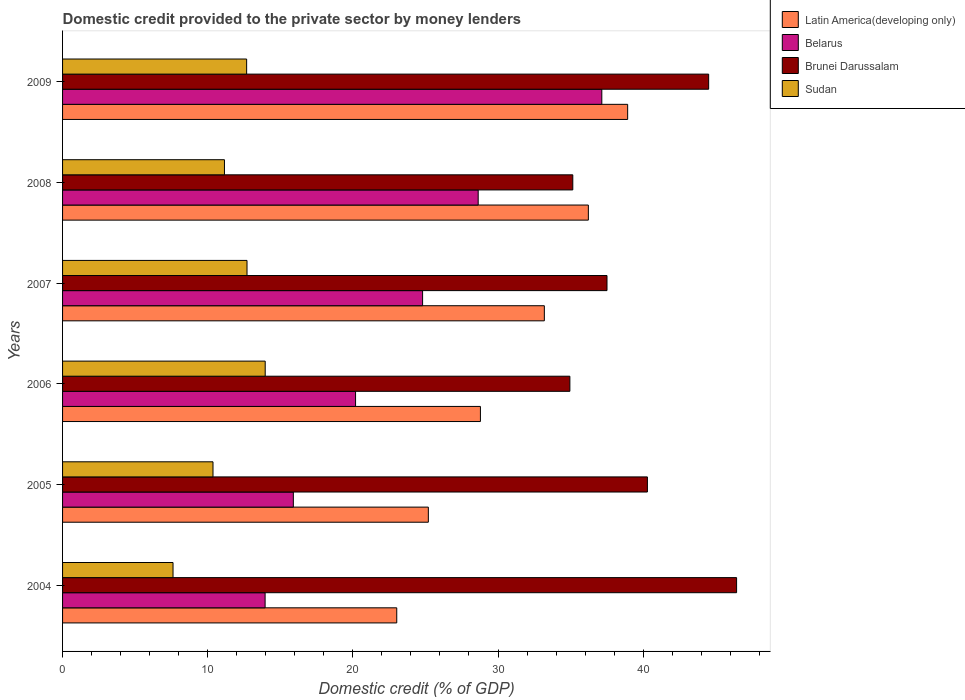
| Years | Latin America(developing only) | Belarus | Brunei Darussalam | Sudan |
 | --- | --- | --- | --- | --- |
 | 2004 | 23 | 14 | 46.4 | 7.61 |
 | 2005 | 25.2 | 15.9 | 40.3 | 10.4 |
 | 2006 | 28.8 | 20.2 | 34.9 | 14 |
 | 2007 | 33.2 | 24.8 | 37.5 | 12.7 |
 | 2008 | 36.2 | 28.6 | 35.2 | 11.2 |
 | 2009 | 38.9 | 37.2 | 44.5 | 12.7 |